Annual statistical returns and brief notes on vaccination in Bengal - 1909-1929
Year: 1909
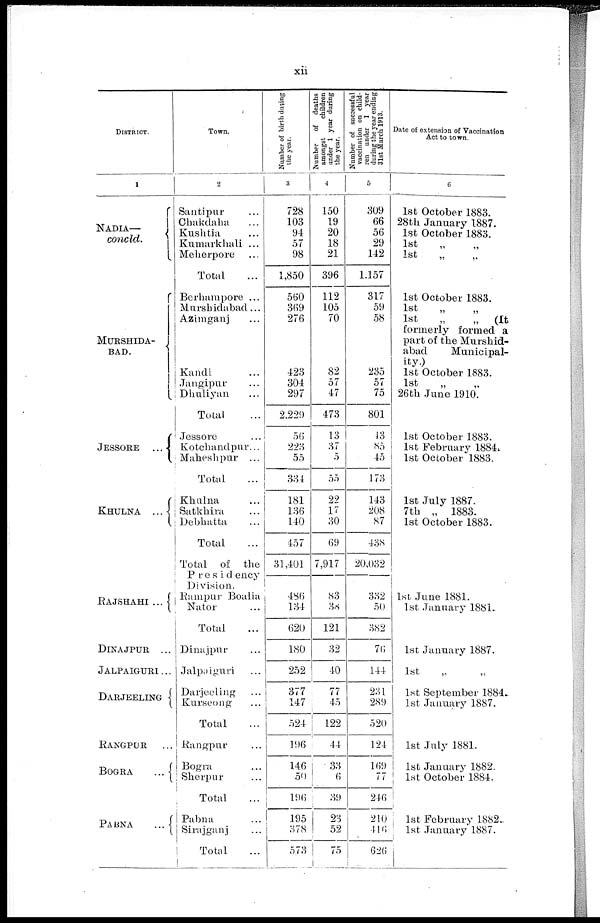
xii
DISTRICT.
1
NADIA—
concld.
MURSHIDA¬
BAD.
JESSORE ...
KHULNA ...
RAJSHAHI ...
DINAJPUR ...
JALPAIGURI...
DARJEELING
RANGPUR...
BOGRA
...
PABNA
...
Town.
2
Santipur ...
Chakdaha ...
Kushtia ...
Kumarkhali ...
Meherpore ...
Total ...
Berhampore ...
Murshidabad...
Azimganj ...
Kandi ...
Jangipur ...
Dhuliyan ...
Total ...
Jessore ...
Kotchandpur...
Maheshpur ...
Total ...
Khulna ...
Satkhira ...
Debhatta ...
Total ...
Total of the
Presidency
Division.
Rampur Boalia
Nator ...
Total ...
Dinajpur ...
Jalpaiguri ...
Darjeeling ...
Kurseong ...
Total ...
Rangpur ...
Bogra ...
Sherpur ...
Total ...
Pabna ...
Sirajganj ...
Total
...
Number of birth during
the year.
3
728
103
94
57
98
1,850
560
369
276
423
304
297
2,229
56
223
55
334
181
136
140
457
31,401
486
134
620
180
252
377
147
524
196
146
50
196
195
378
573
Number
of deaths
amongst
children
under 1 year during
the year.
4
150
19
20
18
21
396
112
105
70
82
57
47
473
13
37
5
55
22
17
30
69
7,917
83
38
121
32
40
77
45
122
44
33
6
39
23
52
75
Number of successful
vaccination on child-
ren under 1 year
during the year ending
31st March 1913.
5
309
66
56
29
142
1,157
317
59
58
235
57
75
801
43
85
45
173
143
208
87
438
20,032
332
50
382
76
144
231
289
520
124
169
77
246
210
416
626
Date of extension of Vaccination
Act to town.
6
1st October 1883.
28th January 1887.
1st October 1883.
1st „ „
1st
„ „
1st October 1883.
1st „ „
1st
„
„
(It
formerly formed a
part of the Murshid-
abad
Municipal-
ity.)
1st October 1883.
1st „ „
26th June 1910.
1st October 1883.
1st February 1884.
1st October 1883.
1st July 1887.
7th „ 1883.
1st October 1883.
1st June 1881.
1st January 1881.
1st January 1887.
1st „ „
1st September 1884.
1st January 1887.
1st July 1881.
1st January 1882.
1st October 1884.
1st February 1882.
1st January 1887.